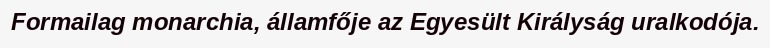
Formailag monarchia, államfője az Egyesült Királyság uralkodója.